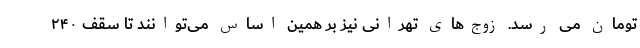
تومان می رسد. زوج‌های تهرانی نیز بر همین اساس می‌توانند تا سقف ۲۴۰